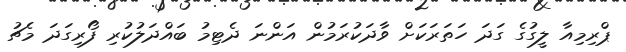
ޕްރިމިއާ ލީގުގެ ގަދަ ހަތަރަކަށް ވާދަކުރަމުން އަންނަ ދެޓިމު ބައްދަލުކުރި ފޯރިގަދަ މެޗު